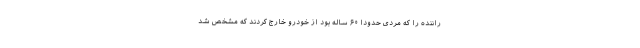
راننده را که مردی حدودا ۶۰ ساله بود از خودرو خارج کردند که مشخص شد